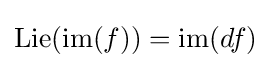
\operatorname {Lie} (\operatorname {im} (f))=\operatorname {im} (df)